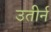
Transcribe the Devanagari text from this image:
उतीर्न